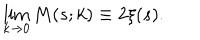
LaTeX: \lim _ { k \rightarrow 0 } M ( s ; k ) \equiv 2 \xi ( s ) .